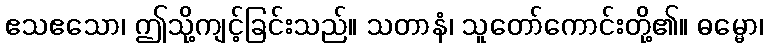
ဧသဧသော၊ ဤသို့ကျင့်ခြင်းသည်။ သတာနံ၊ သူတော်ကောင်းတို့၏။ ဓမ္မော၊